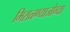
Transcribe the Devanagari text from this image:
मिसळण्याजोग्या